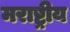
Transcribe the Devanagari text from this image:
मराष्ट्रीय